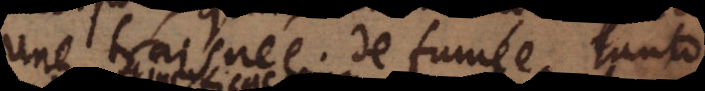
Une traisnée de fumée, tanto